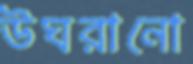
উঘরানো